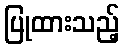
ပြုထားသည့်